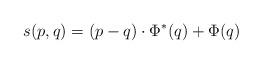
LaTeX: \begin{align*} s(p,q) = (p-q)\cdot\Phi^*(q) + \Phi(q)\end{align*}